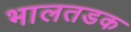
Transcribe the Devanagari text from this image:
भालतडक